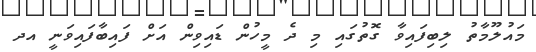
މައުލޫމާތު ލިބިފައިވާ ގޮތުގައި މި ދެ މީހުން ޑައިވިން އަށް ފައިބާފައިވަނީ އދ